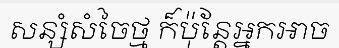
សន្សំសំចៃថ្ម ក៏ប៉ុន្តែអ្នកអាច